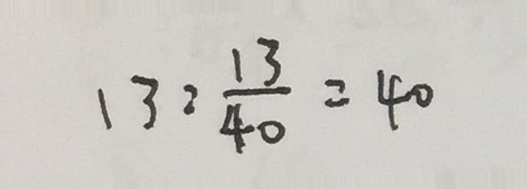
1 3 : \frac { 1 3 } { 4 0 } = 4 0